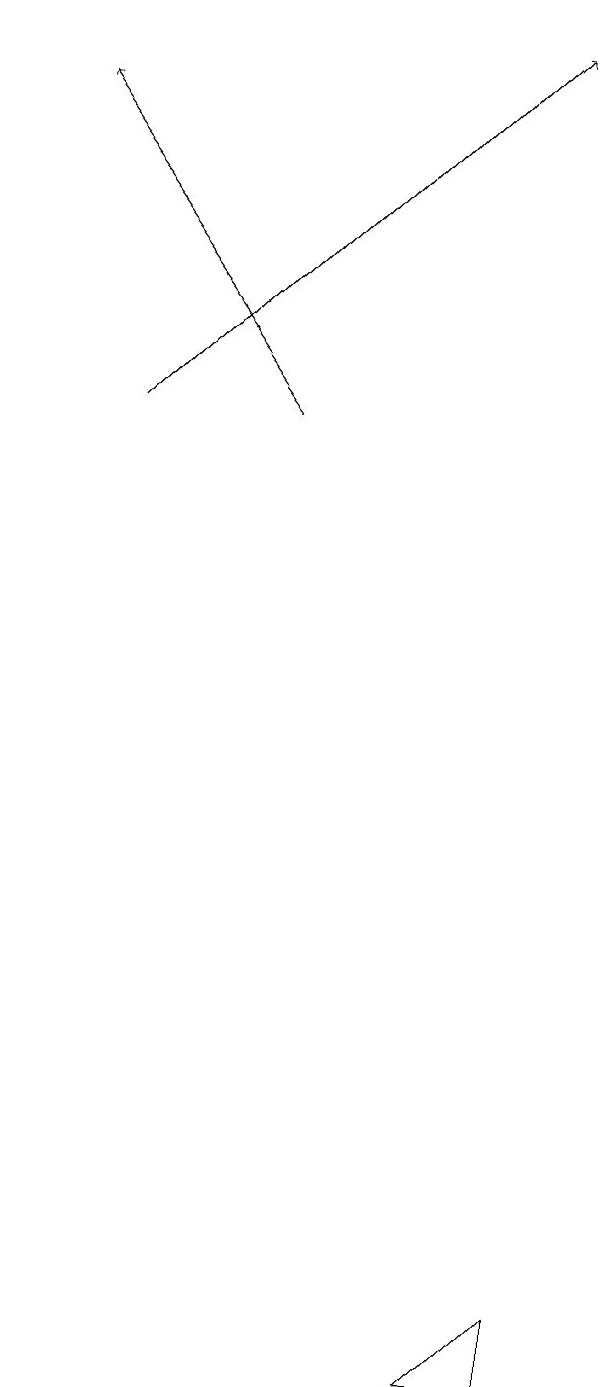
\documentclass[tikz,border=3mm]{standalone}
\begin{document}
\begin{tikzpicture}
\draw[->] (2,14) -- (7,19);
\draw (8,3) -- (8,2) -- (7,2) -- cycle;
\draw[->] (4,14) -- (1,18);
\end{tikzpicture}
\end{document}